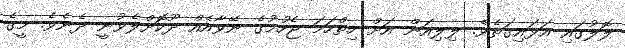
ލޮލުގައި އަޅައިގަތެވެ. ލިލިއަން އަށް ހިތްހަމަ ޖެހުމުގެ ނޭވާއެއް ދޫކޮށްލެވުނީ ދެނެވެ. މީގެ